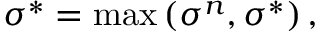
\sigma ^ { * } = \operatorname* { m a x } \left( \sigma ^ { n } , \sigma ^ { * } \right) ,